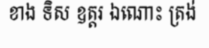
ខាង ទិស ឧត្តរ ឯណោះ ត្រង់